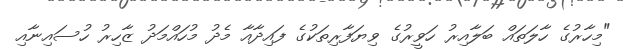
"މިހާރުގެ ހާލަތައް ބަލާއިރު ހަވީރުގެ ވިޔަފާރިތަކުގެ ފައިދާއާ މެދު މުހައްމަދު ޒާހިރު ހުސައިނާއި